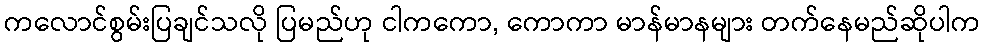
ကလောင်စွမ်းပြချင်သလို ပြမည်ဟု ငါကကော, ကောကာ မာန်မာနများ တက်နေမည်ဆိုပါက